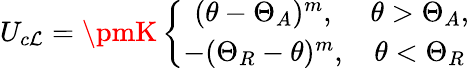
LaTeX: U_{c\mathcal{L}}=\pmK\left\{ \begin{array}{cc}{(\theta-\Theta_{A})^{m},}&{\theta>\Theta_{A},}\\ {-(\Theta_{R}-\theta)^{m},}&{\theta<\Theta_{R}}\end{array}\right.